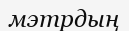
мэтрдың